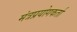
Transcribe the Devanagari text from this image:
मंत्रप्रयोगकर्ता